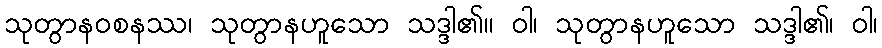
သုတွာနဝစနဿ၊ သုတွာနဟူသော သဒ္ဒါ၏။ ဝါ၊ သုတွာနဟူသော သဒ္ဒါ၏၊ ဝါ၊